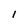
Character: 1